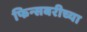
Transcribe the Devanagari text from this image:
फिन्सबरीच्या